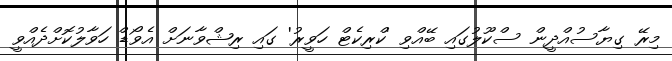
މިރޭ ގިޔާސުއްދީން ސްކޫލުގައި ބޭއްވި 'ކްރިކެޓް ހަވީރު' ގައި ރިޝްވާނަށް އެވޯޑް ހަވާލުކޮށްދެއްވީ